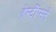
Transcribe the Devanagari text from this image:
हेस्टींग्सने